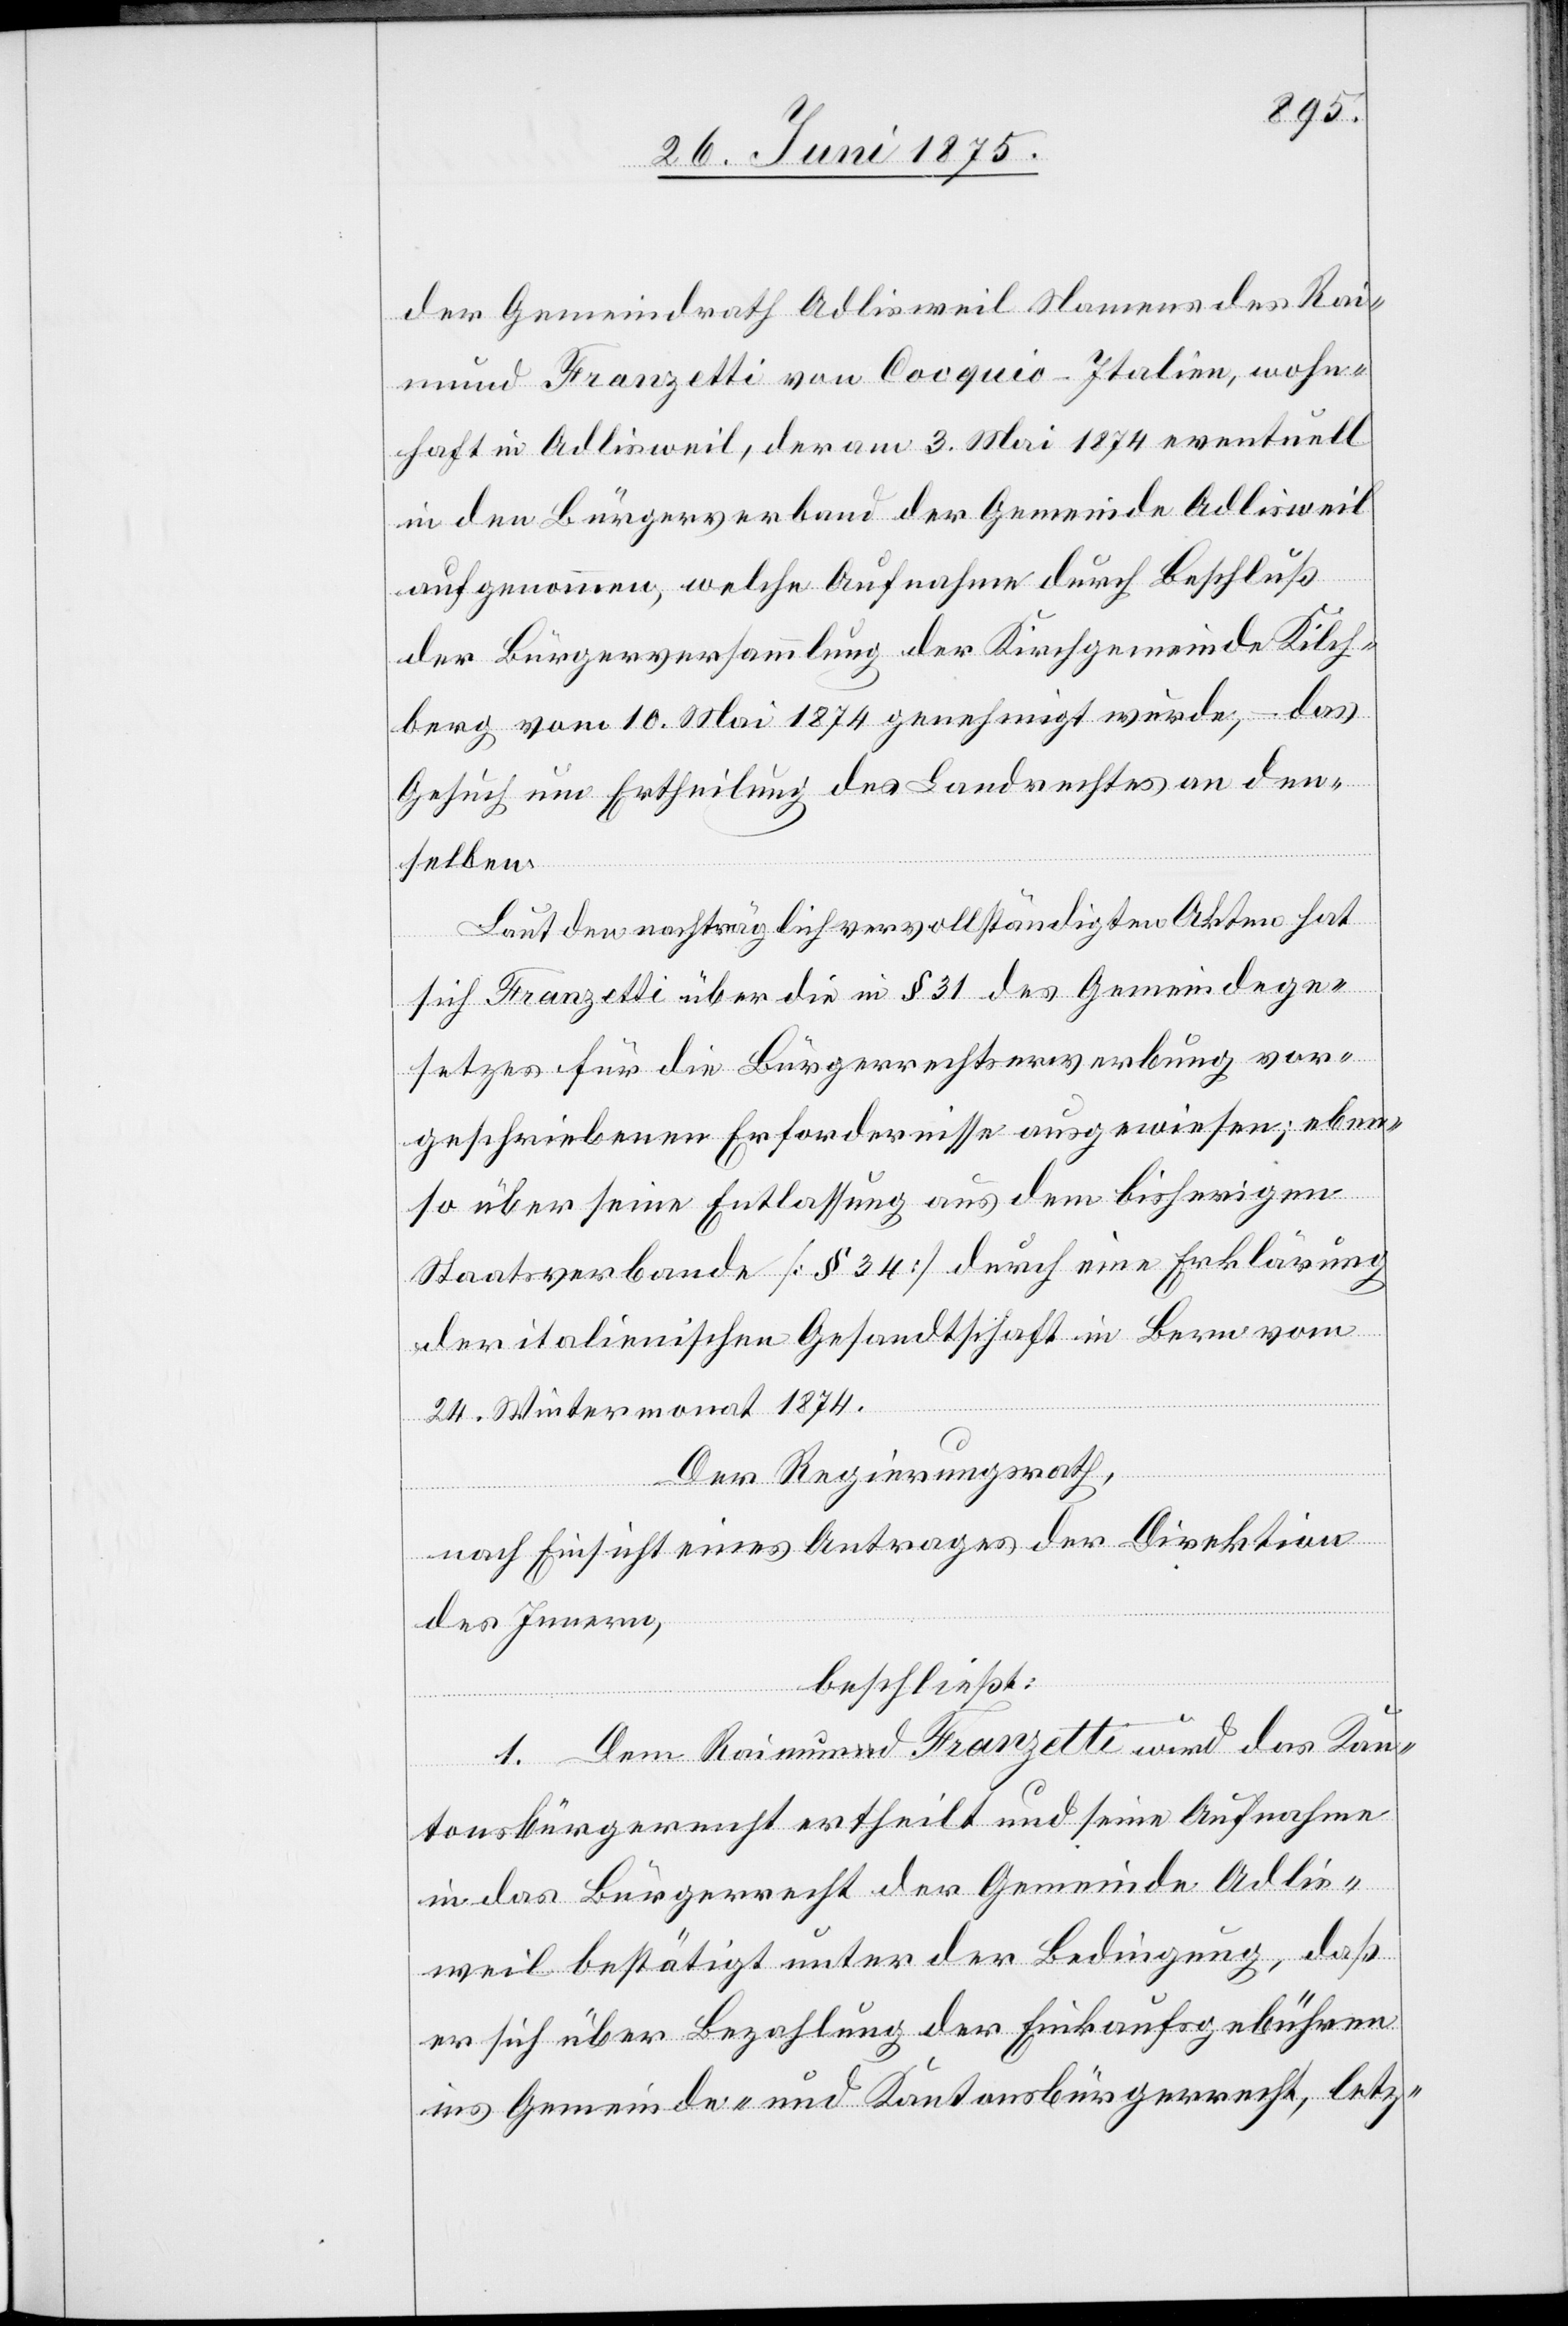
der Gemeindrath Adlisweil Namens des Rai¬
mund Franzetti von Cocquio - Italien, wohn¬
haft in Adlisweil, der am 3. Mai 1874 eventuell
in den Bürgerverband der Gemeinde Adlisweil
aufgenommen, welche Aufnahme durch Beschluß
der Bürgerversammlung der Kirchgemeinde Kilch¬
berg vom 10. Mai 1874 genehmigt wurde, – das
Gesuch um Ertheilung des Landrechtes an den¬
selben.
Laut den nachträglich vervollständigten Akten hat
sich Franzetti über die in § 31 des Gemeindege¬
setzes für die Bürgerrechtserwerbung vor¬
geschriebenen Erfordernisse ausgewiesen; eben¬
so über seine Entlassung aus dem bisherigen
Staatsverbande [§ 34] durch eine Erklärung
der italienischen Gesandtschaft in Bern vom
24. Wintermonat 1874.
Der Regierungsrath,
nach Einsicht eines Antrages der Direktion
des Innern,
beschließt:
1. Dem Raimund Franzetti wird das Kan¬
tonsbürgerrecht der Gemeinde Adlisweil bestätigt
er sich über Bezahlung der Einkaufsgebühren
ins Gemeinde- und Kantonsbürgerrecht, letz-